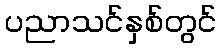
ပညာသင်နှစ်တွင်